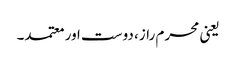
یعنی محرم راز، دوست اور معتمد۔